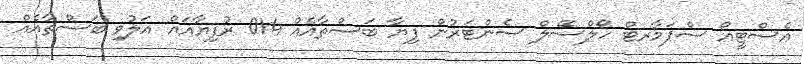
އެސްޓީއޯ ސްޕަމާރޓް ހޯލްސޭލް ސެންޓަރުން ފިޔާ ބަސްތާއެއް 014 ރުފިޔާއައް އަލުވި ބަސްތާއެއް